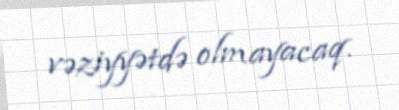
vəziyyətdə olmayacaq.